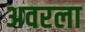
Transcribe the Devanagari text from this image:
अवरला